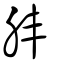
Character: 肨